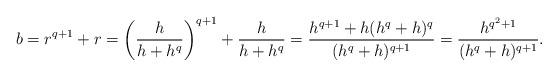
LaTeX: \begin{align*}b = r^{q+1} + r = \left(\frac{h}{h+h^q}\right)^{q+1} + \frac{h}{h+h^q} = \frac{h^{q+1}+h(h^q+h)^q}{(h^q+h)^{q+1}} = \frac{h^{q^2+1}}{(h^q+h)^{q+1}}.\end{align*}